Indian journal of veterinary science and animal husbandry - Volumes 22-23, 1952-1953
Year: 1952
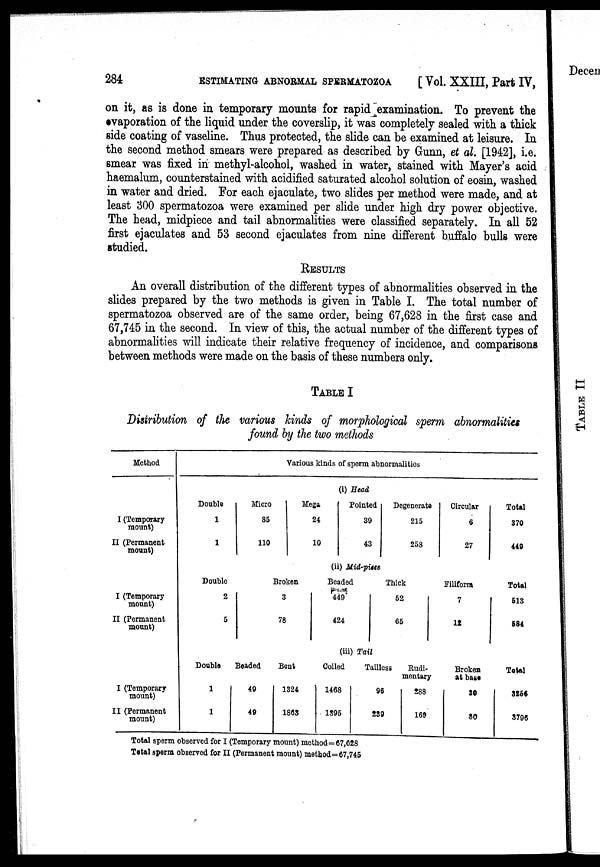
284
ESTIMATING ABNORMAL SPERMATOZOA
[Vol. XXIII, Part IV,
on it, as is done in temporary mounts for rapid examination. To prevent the
evaporation of the liquid under the coverslip, it was completely sealed with a thick
side coating of vaseline. Thus protected, the slide can be examined at leisure. In
the second method smears were prepared as described by Gunn, et al. [1942], i.e.
smear was fixed in methyl-alcohol, washed in water, stained with Mayer's acid
haemalum, counterstained with acidified saturated alcohol solution of eosin, washed
in water and dried. For each ejaculate, two slides per method were made, and at
least 300 spermatozoa were examined per slide under high dry power objective.
The head, midpiece and tail abnormalities were classified separately. In all 52
first ejaculates and 53 second ejaculates from nine different buffalo bulls were
studied.
RESULTS
An overall distribution of the different types of abnormalities observed in the
slides prepared by the two methods is given in Table I. The total number of
spermatozoa observed are of the same order, being 67,628 in the first case and
67,745 in the second. In view of this, the actual number of the different types of
abnormalities will indicate their relative frequency of incidence, and comparisons
between methods were made on the basis of these numbers only.
TABLE I
Distribution of the various kinds of morphological sperm abnormalities
found by the two methods
Method
I (Temporary
mount)
II (Permanent
mount)
I (Temporary
mount)
II (Permanent
mount)
I (Temporary
mount)
II (Permanent
mount)
Various kinds of sperm abnormalities
(i) Head
Double
1
1
Micro
85
110
Mega
24
10
Pointed
39
43
Degenerate
215
258
Circular
6
27
Total
370
449
(ii) Mid-piece
Double
2
5
Broken
3
78
Beaded
449
424
Thick
52
65
Filiform
7
12
Total
513
584
(iii) Tail
Double
1
1
Beaded
49
49
Bent
1324
1868
Coiled
1468
1395
Tailless
96
239
Rudi-
mentary
288
169
Broken
at base
30
80
Total
3256
3796
Total sperm observed for I (Temporary mount) method = 67,628
Total sperm observed for II (Permanent mount) method = 67,745